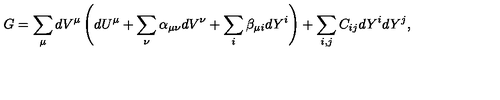
G = \sum _ { \mu } d V ^ { \mu } \left( d U ^ { \mu } + \sum _ { \nu } \alpha _ { \mu \nu } d V ^ { \nu } + \sum _ { i } \beta _ { \mu i } d Y ^ { i } \right) + \sum _ { i , j } C _ { i j } d Y ^ { i } d Y ^ { j } ,